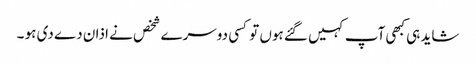
شاید ہی کبھی آپ کہیں گئے ہوں تو کسی دوسرے شخص نے اذان دے دی ہو ۔